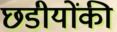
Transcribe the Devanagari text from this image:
छडीयोंकी